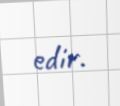
edir.